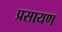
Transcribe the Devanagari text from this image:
प्रसायण